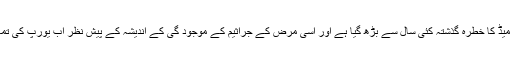
چونکہ سور یا خنزیر کے علاوہ دیگر جانوروں میں ایک مخصوص بیماری میڈ کا خطرہ گذشتہ کئی سال سے بڑھ گیا ہے اور اسی مرض کے جراثیم کے موجود گی کے اندیشہ کے پیش نظر اب یورپ کی تمام دوا ساز کمپنیاں صرف سور کی کھال سے ہی جلے ٹین تیار کر رہی ہیں ۔